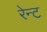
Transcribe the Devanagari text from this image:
रेन्ट